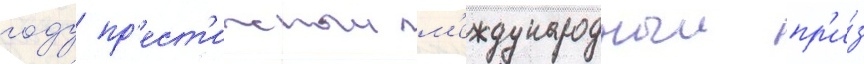
году пр'ест'ижныи м'еждународныи пр'и́з